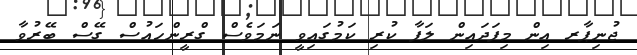
ޖުނިޕާރ އިން މިފަދައިން ލަފާ ކުރި ކަމުގައިވީ ނަމަވެސް ގްރީންހައުސް ގޭސް ބޭރުވާ